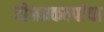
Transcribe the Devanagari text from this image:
वीजप्रकल्पांचा